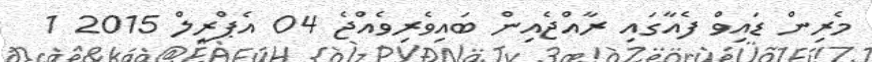
މެރިން ޑައިވް ފެއާގައި ރާއްޖެއިން ބައިވެރިވެއްޖެ 04 އެޕްރީލް 2015 1